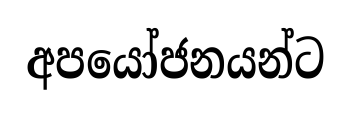
අපයෝජනයන්ට